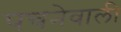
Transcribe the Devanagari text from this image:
पचनेवाली